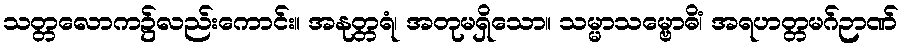
သတ္တလောက၌လည်းကောင်း။ အနုတ္တရံ၊ အတုမရှိသော။ သမ္မာသမ္ဗောဓိံ၊ အရဟတ္တမဂ်ဉာဏ်